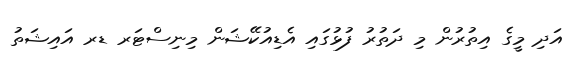
އަދި މީގެ އިތުރުން މި ދަތުރު ފުޅުގައި އެޑިއުކޭޝަން މިނިސްޓަރ ޑރ އައިޝަތު